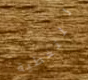
للتغطية